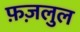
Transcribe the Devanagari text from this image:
फ़ज़लुल